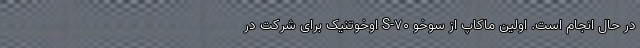
در حال انجام است. اولین ماکاپ از سوخو S-70 اوخوتنیک برای شرکت در